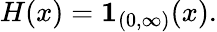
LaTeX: H(x)=\mathbf{1}_{(0,\infty)}(x).